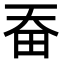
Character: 𤰳